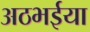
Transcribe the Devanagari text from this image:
अठभईया